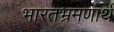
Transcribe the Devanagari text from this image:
भारतभ्रमणार्थ